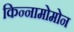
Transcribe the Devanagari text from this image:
किन्नामोमोन